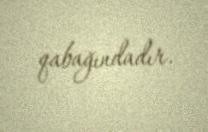
qabağındadır.